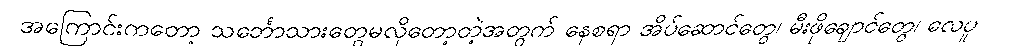
အကြောင်းကတော့ သင်္ဘောသားတွေမလိုတော့တဲ့အတွက် နေစရာ အိပ်ဆောင်တွေ၊ မီးဖိုချောင်တွေ၊ လေပူ